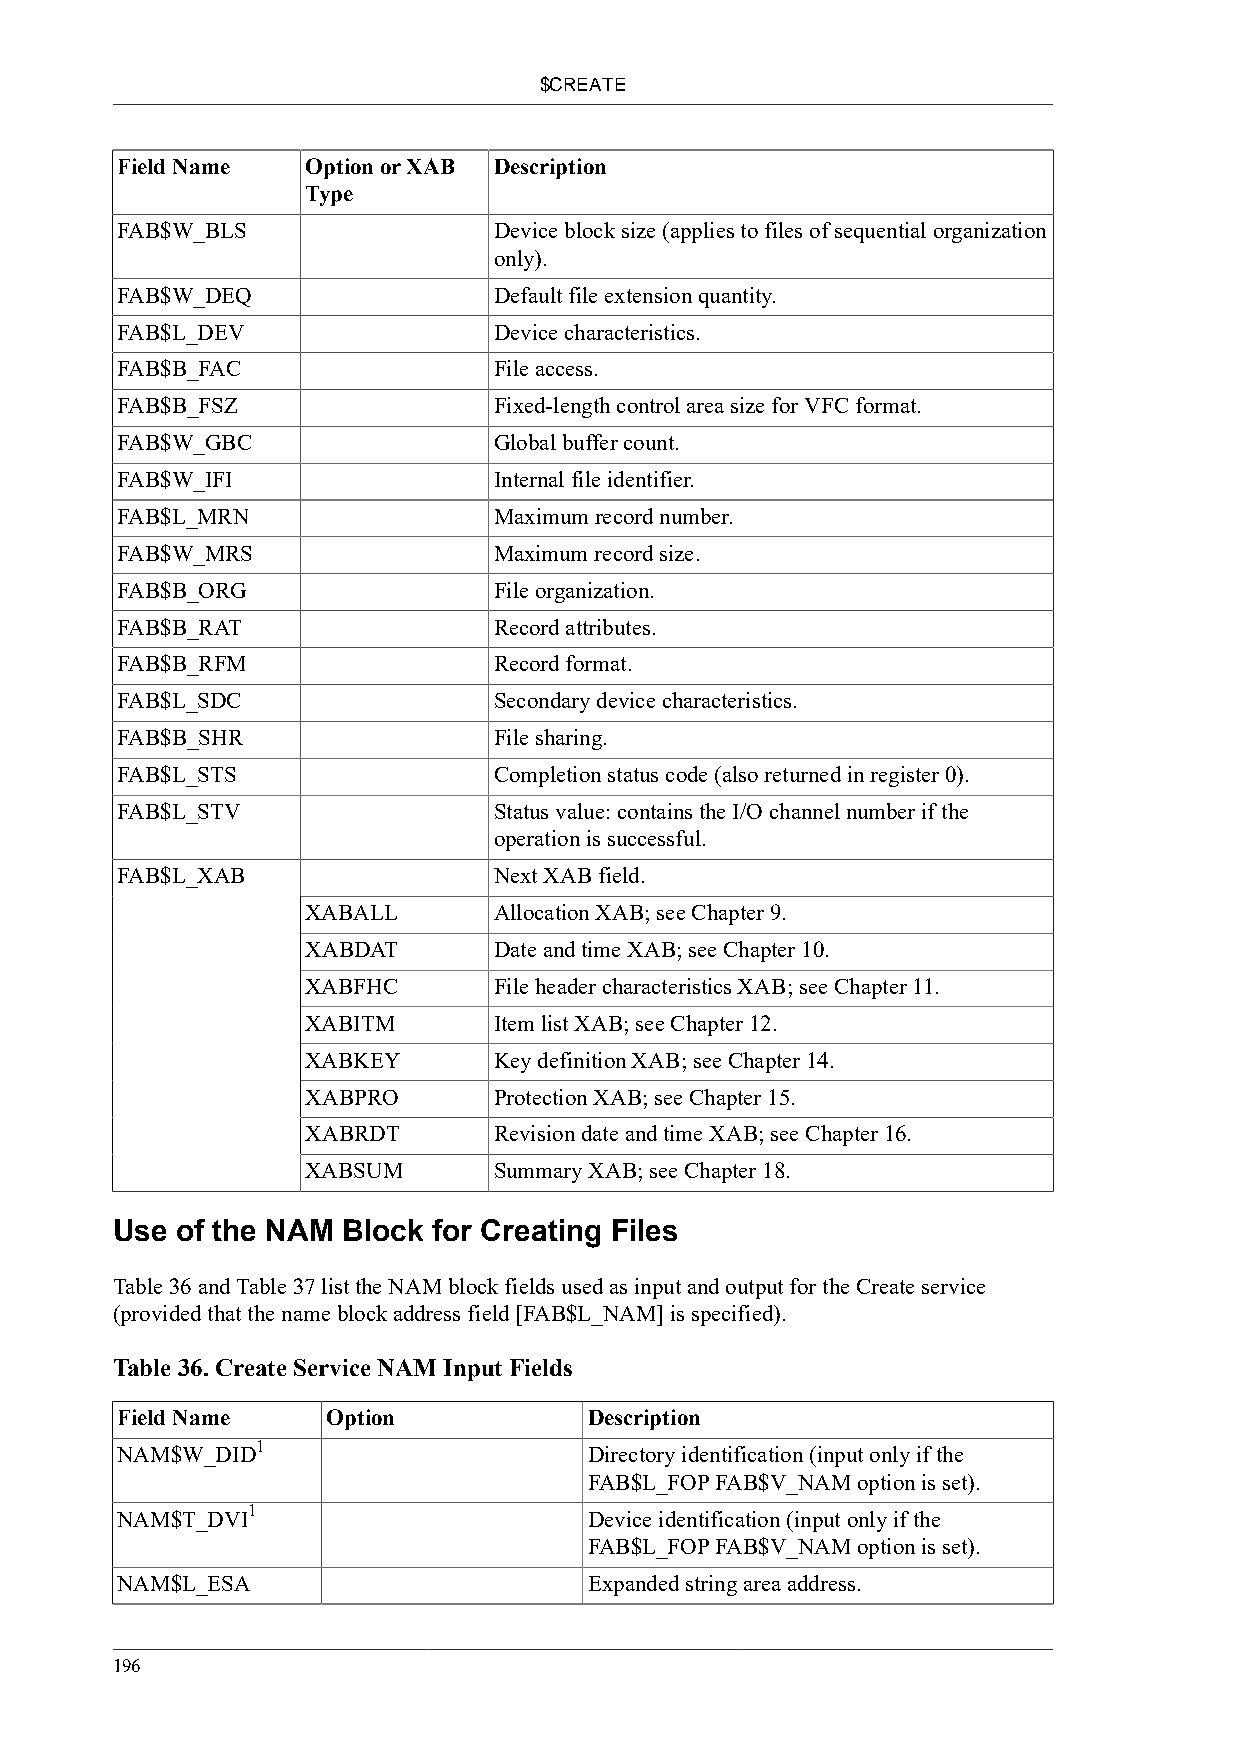
$CREATE
 Field Name  Option or XAB Description
 Type
 FAB$W_BLS                Device block size (applies to files of sequential organization
 only).
 FAB$W_DEQ                Default file extension quantity.
 FAB$L_DEV                Device characteristics.
 FAB$B_FAC                File access.
 FAB$B_FSZ                Fixed-length control area size for VFC format.
 FAB$W_GBC                Global buffer count.
 FAB$W_IFI                Internal file identifier.
 FAB$L_MRN                Maximum record number.
 FAB$W_MRS                Maximum record size.
 FAB$B_ORG                File organization.
 FAB$B_RAT                Record attributes.
 FAB$B_RFM                Record format.
 FAB$L_SDC                Secondary device characteristics.
 FAB$B_SHR                File sharing.
 FAB$L_STS                Completion status code (also returned in register 0).
 FAB$L_STV                Status value: contains the I/O channel number if the
 operation is successful.
 FAB$L_XAB                Next XAB field.
 XABALL       Allocation XAB; see Chapter 9.
 XABDAT       Date and time XAB; see Chapter 10.
 XABFHC       File header characteristics XAB; see Chapter 11.
 XABITM       Item list XAB; see Chapter 12.
 XABKEY       Key definition XAB; see Chapter 14.
 XABPRO       Protection XAB; see Chapter 15.
 XABRDT       Revision date and time XAB; see Chapter 16.
 XABSUM       Summary XAB; see Chapter 18.
 Use  of the NAM Block for Creating Files
 Table 36 and Table 37 list the NAM block fields used as input and output for the Create service
 (provided that the name block address field [FAB$L_NAM] is specified).
 Table 36. Create Service NAM Input Fields
 Field Name    Option           Description
 1
 NAM$W_DID                      Directory identification (input only if the
 FAB$L_FOP FAB$V_NAM option is set).
 1
 NAM$T_DVI                      Device identification (input only if the
 FAB$L_FOP FAB$V_NAM option is set).
 NAM$L_ESA                      Expanded string area address.
 196